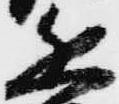
近